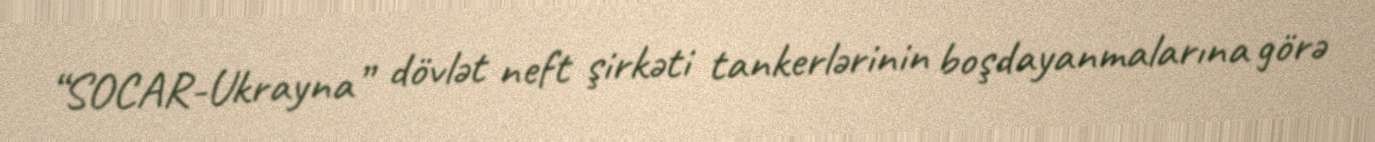
“SOCAR-Ukrayna” dövlət neft şirkəti tankerlərinin boşdayanmalarına görə